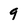
Character: 9